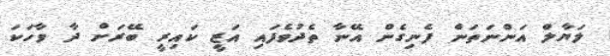
ލަޔާލް އަންނަތަން ފެނިގެން އޭނާ ތެދުވެފައި އަޒީ ކައިރީ ބޭރަށް ދާ ވާހަކަ